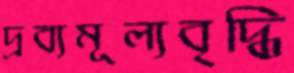
দ্রব্যমূল্যবৃদ্ধি